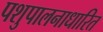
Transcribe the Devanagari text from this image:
पशुपालनाधारित